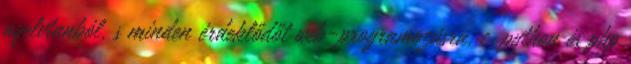
nyelvtanból, s minden érdeklődőt web-programozásra, c, python és php